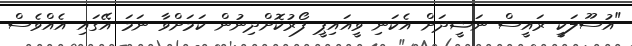
"އުސޫލަކީ ރައީސް ނަޝީދަށް އެކަނި ވީއައިޕީ ފޯރުކޮށްދިނުން ކަމަށްވާ ނަމަ އޭގައި އެއްވެސް